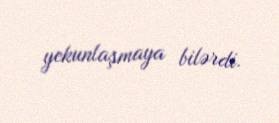
yekunlaşmaya bilərdi.